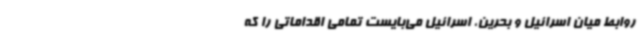
روابط میان اسرائیل و بحرین، اسرائیل می‌بایست تمامی اقداماتی را که